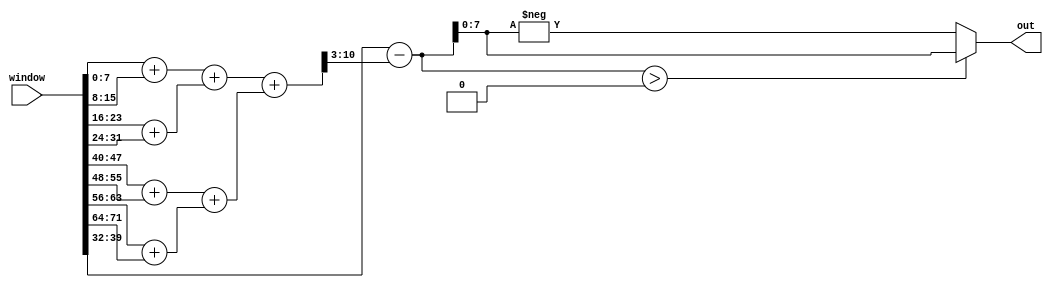
// Copyright 2021 Google LLC
//
// Licensed under the Apache License, Version 2.0 (the "License");
// you may not use this file except in compliance with the License.
// You may obtain a copy of the License at
//
//      http://www.apache.org/licenses/LICENSE-2.0
//
// Unless required by applicable law or agreed to in writing, software
// distributed under the License is distributed on an "AS IS" BASIS,
// WITHOUT WARRANTIES OR CONDITIONS OF ANY KIND, either express or implied.
// See the License for the specific language governing permissions and
// limitations under the License.
module ricker_wavelet(
  input wire [71:0] window,
  output wire [7:0] out
);
  wire [7:0] window_unflattened[0:8];
  assign window_unflattened[0] = window[7:0];
  assign window_unflattened[1] = window[15:8];
  assign window_unflattened[2] = window[23:16];
  assign window_unflattened[3] = window[31:24];
  assign window_unflattened[4] = window[39:32];
  assign window_unflattened[5] = window[47:40];
  assign window_unflattened[6] = window[55:48];
  assign window_unflattened[7] = window[63:56];
  assign window_unflattened[8] = window[71:64];
  wire [8:0] add_353;
  wire [8:0] add_355;
  wire [8:0] add_357;
  wire [8:0] add_359;
  wire [9:0] add_365;
  wire [9:0] add_367;
  wire [10:0] add_371;
  wire [15:0] sub_378;
  assign add_353 = {1'h0, window_unflattened[4'h0]} + {1'h0, window_unflattened[4'h1]};
  assign add_355 = {1'h0, window_unflattened[4'h2]} + {1'h0, window_unflattened[4'h3]};
  assign add_357 = {1'h0, window_unflattened[4'h5]} + {1'h0, window_unflattened[4'h6]};
  assign add_359 = {1'h0, window_unflattened[4'h7]} + {1'h0, window_unflattened[4'h8]};
  assign add_365 = {1'h0, add_353} + {1'h0, add_355};
  assign add_367 = {1'h0, add_357} + {1'h0, add_359};
  assign add_371 = {1'h0, add_365} + {1'h0, add_367};
  assign sub_378 = {8'h00, window_unflattened[4'h4]} - {8'h00, add_371[10:3]};
  assign out = $signed({{16{sub_378[15]}}, sub_378}) > $signed(32'h0000_0000) ? sub_378[7:0] : -sub_378[7:0];
endmodule